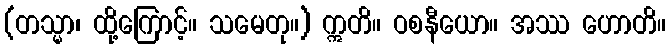
(တသ္မာ၊ ထို့ကြောင့်။ သမေတု။) ဣတိ။ ဝစနီယော။ အဿ ဟောတိ။